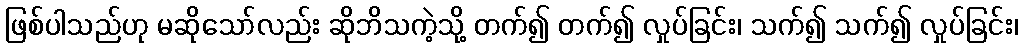
ဖြစ်ပါသည်ဟု မဆိုသော်လည်း ဆိုဘိသကဲ့သို့ တက်၍ တက်၍ လှုပ်ခြင်း၊ သက်၍ သက်၍ လှုပ်ခြင်း၊